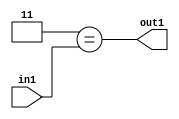
`timescale 1ps / 1ps
/*****************************************************************************
    Verilog RTL Description
    
    
    Created by: Stratus DpOpt 2019.1.01 
*******************************************************************************/

module cache_Eqi3u8_1 (
	in1,
	out1
	); /* architecture "behavioural" */ 
input [7:0] in1;
output  out1;
wire  asc001;

assign asc001 = (13'B0000000000011==in1);

assign out1 = asc001;
endmodule

/* CADENCE  urX3TwA= : u9/ySgnWtBlWxVPRXgAZ4Og= ** DO NOT EDIT THIS LINE ******/